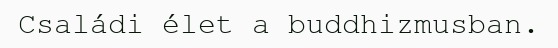
Családi élet a buddhizmusban.